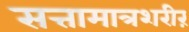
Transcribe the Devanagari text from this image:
सत्तामात्रशरीरं